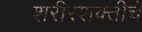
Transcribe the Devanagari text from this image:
शरीरशक्तीचे